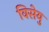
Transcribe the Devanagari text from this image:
विसेयु